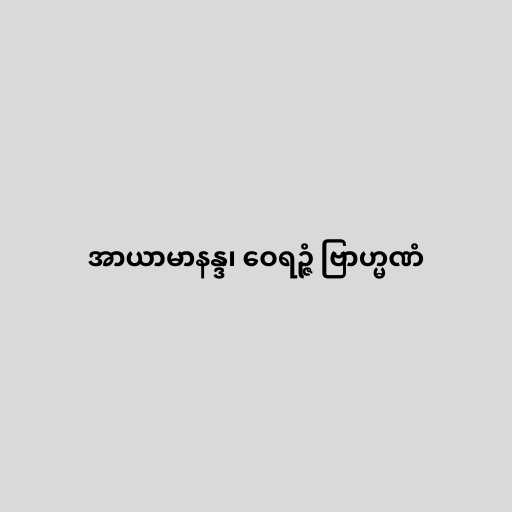
အာယာမာနန္ဒ၊ ဝေရဉ္ဇံ ဗြာဟ္မဏံ